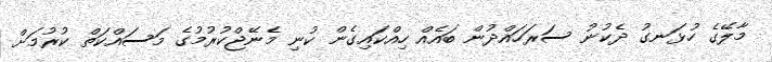
މާލޭގެ ހުޅަނގު ދެކުނު ސަރަހައްދުން ބައެއް ހިއްކައިގެން ކުނި މެނޭޖްކުރުމުގެ މަސައްކަތް ކުރުމަށް